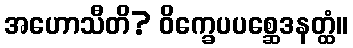
အဟောသီတိ? ဝိက္ခေပပစ္ဆေဒနတ္ထံ။